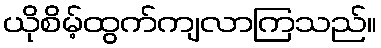
ယိုစိမ့်ထွက်ကျလာကြသည်။